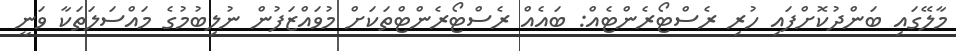
މާލޭގައި ބަންދުކޮށްފައި ހުރި ރެސްޓޯރެންޓެއް: ބައެއް ރެސްޓޯރެންޓްތަކަށް މުވައްޒަފުން ނުލިބުމުގެ މައްސަލަތަކާ ވަނީ